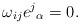
LaTeX: \begin{align*}\omega_{ij} e^j{}_\alpha = 0. \end{align*}